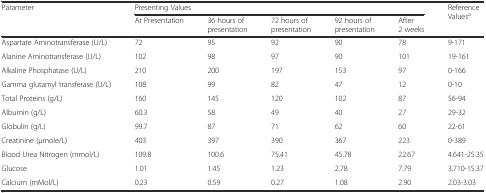
<table><thead><tr><td rowspan="2"><b>Parameter</b></td><td colspan="5"><b>Presenting Values</b></td><td rowspan="2"><b>Reference Values<sup>a</sup></b></td></tr><tr><td><b>At Presentation</b></td><td><b>36 hours of presentation</b></td><td><b>72 hours of presentation</b></td><td><b>92 hours of presentation</b></td><td><b>After 2 weeks</b></td></tr></thead><tbody><tr><td>Aspartate Aminotransferase (U/L)</td><td>72</td><td>95</td><td>92</td><td>90</td><td>78</td><td>9-171</td></tr><tr><td>Alanine Aminotransferase (U/L)</td><td>102</td><td>98</td><td>97</td><td>90</td><td>101</td><td>19-161</td></tr><tr><td>Alkaline Phosphatase (U/L)</td><td>210</td><td>200</td><td>197</td><td>153</td><td>97</td><td>0-166</td></tr><tr><td>Gamma glutamyl transferase (U/L)</td><td>108</td><td>99</td><td>82</td><td>47</td><td>12</td><td>0-10</td></tr><tr><td>Total Proteins (g/L)</td><td>160</td><td>145</td><td>120</td><td>102</td><td>87</td><td>56-94</td></tr><tr><td>Albumin (g/L)</td><td>60.3</td><td>58</td><td>49</td><td>40</td><td>27</td><td>29-32</td></tr><tr><td>Globulin (g/L)</td><td>99.7</td><td>87</td><td>71</td><td>62</td><td>60</td><td>22-61</td></tr><tr><td>Creatinine (μmole/L)</td><td>403</td><td>397</td><td>390</td><td>367</td><td>223</td><td>0-389</td></tr><tr><td>Blood Urea Nitrogen (mmol/L)</td><td>109.8</td><td>100.6</td><td>75.41</td><td>45.78</td><td>22.67</td><td>4.641-25.35</td></tr><tr><td>Glucose</td><td>1.01</td><td>1.45</td><td>1.23</td><td>2.78</td><td>7.79</td><td>3.710-15.37</td></tr><tr><td>Calcium (mMol/L)</td><td>0.23</td><td>0.59</td><td>0.27</td><td>1.08</td><td>2.90</td><td>2.03-3.03</td></tr></tbody></table>